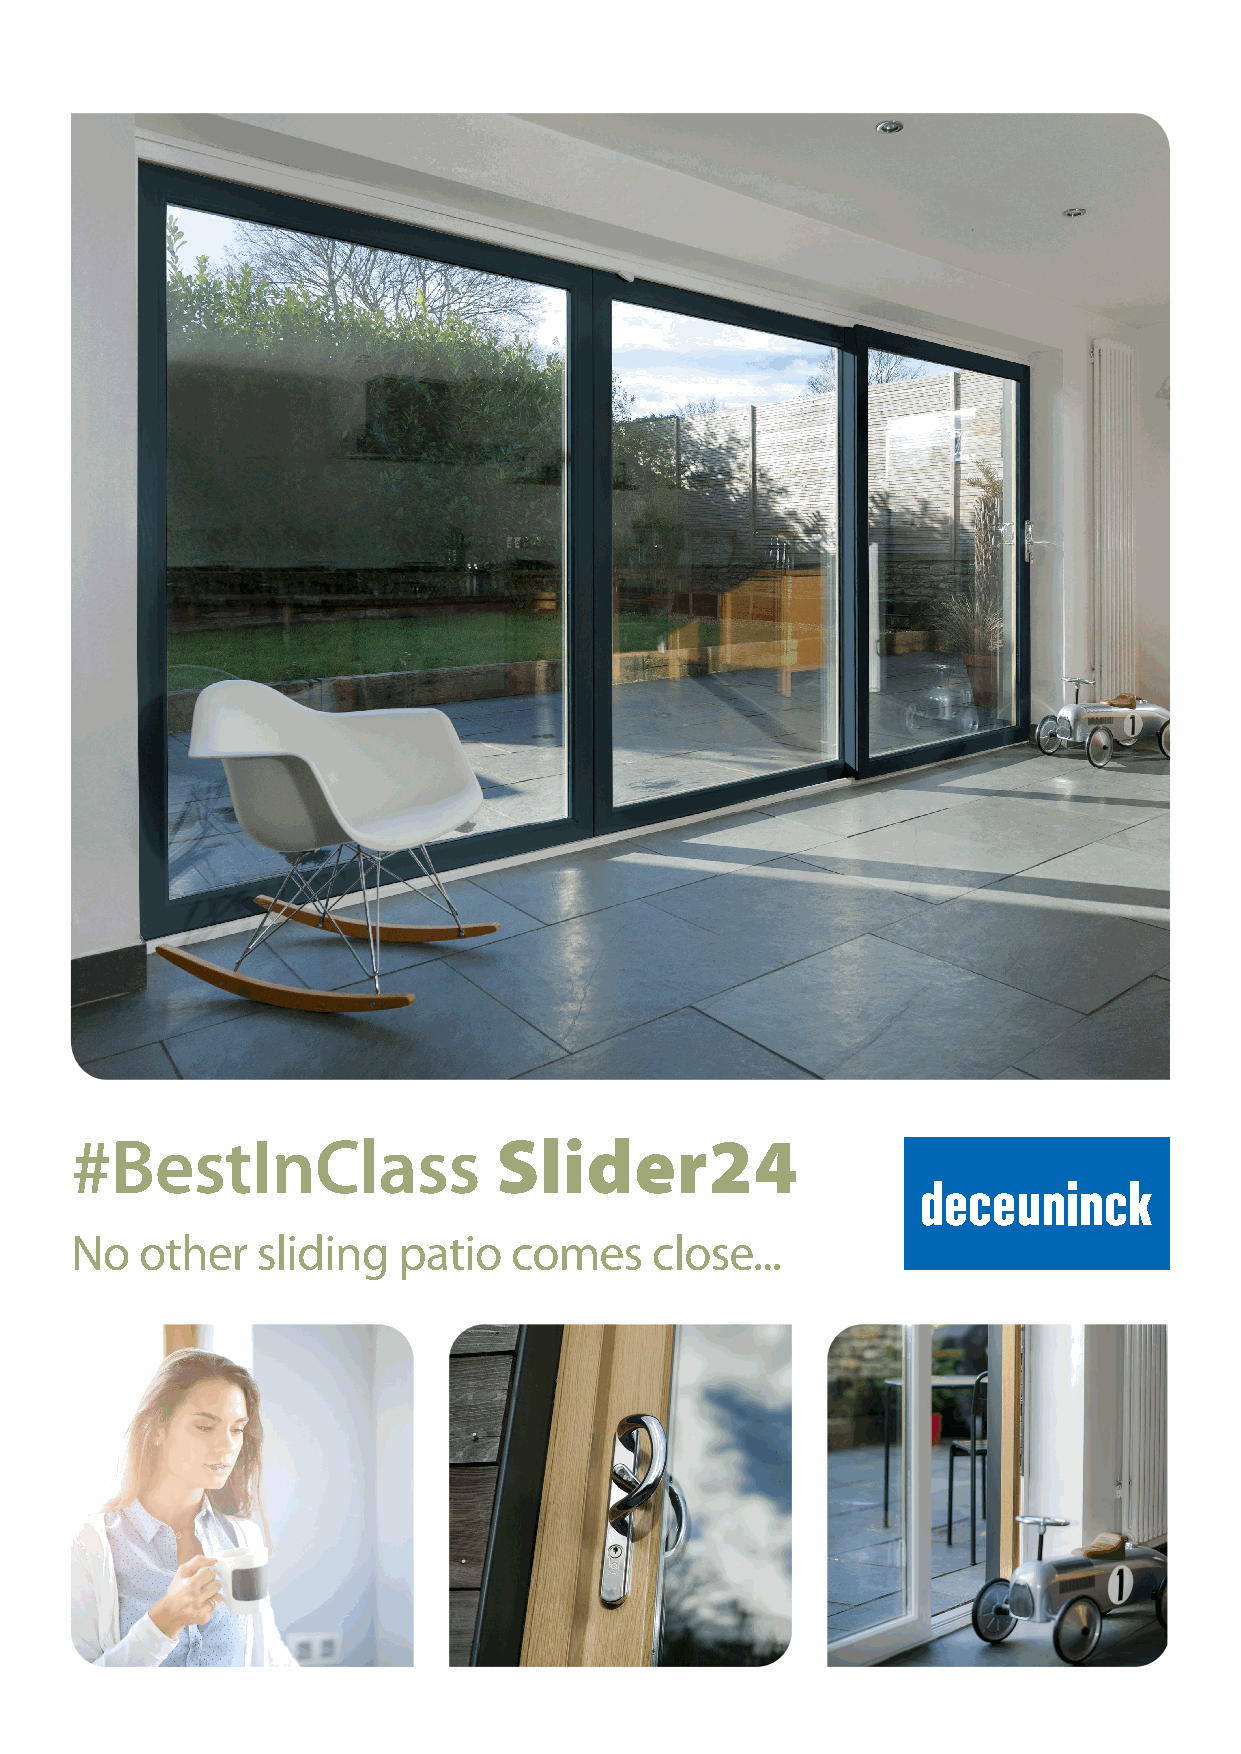
#BestInClass                Slider24
 No  other   sliding  patio   comes    close...